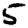
Digit: 5